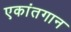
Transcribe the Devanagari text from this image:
एकांतगान